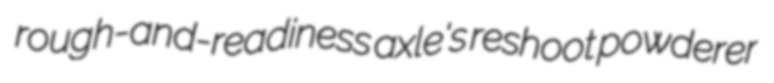
rough-and-readiness axle's reshoot powderer